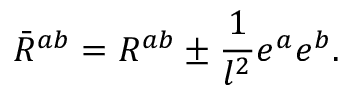
\bar { R } ^ { a b } = R ^ { a b } \pm \frac { 1 } { l ^ { 2 } } e ^ { a } e ^ { b } .